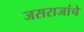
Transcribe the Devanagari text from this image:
जसराजांचे